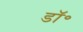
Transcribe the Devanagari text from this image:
डाॅ॰